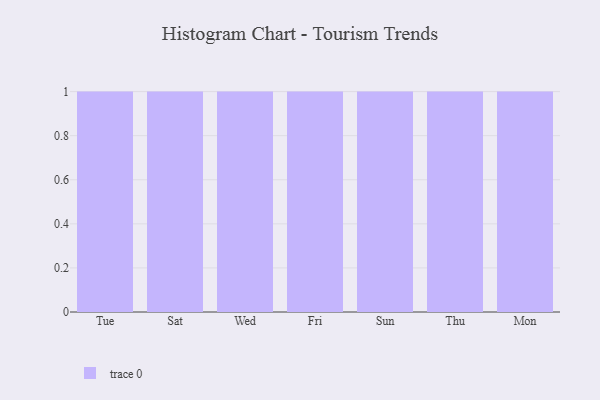
{"axis": {"x": "Day", "y": "Budget (USD K)"}, "legend": [""], "data": [{"x": "Tue", "y": 84, "type": ""}, {"x": "Sat", "y": 61, "type": ""}, {"x": "Wed", "y": 78, "type": ""}, {"x": "Fri", "y": 38, "type": ""}, {"x": "Sun", "y": 61, "type": ""}, {"x": "Thu", "y": 33, "type": ""}, {"x": "Mon", "y": 77, "type": ""}]}